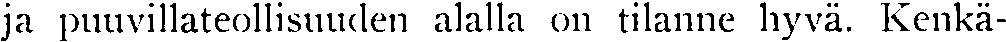
ja puuvillateollisuuden alalla on tilanne hyvä. Kenkä-